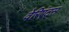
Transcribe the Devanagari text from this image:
वेरिएंट्स